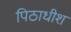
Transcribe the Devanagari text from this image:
पिठाधीश